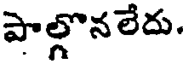
పాల్గొనలేదు.